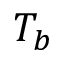
T _ { b }